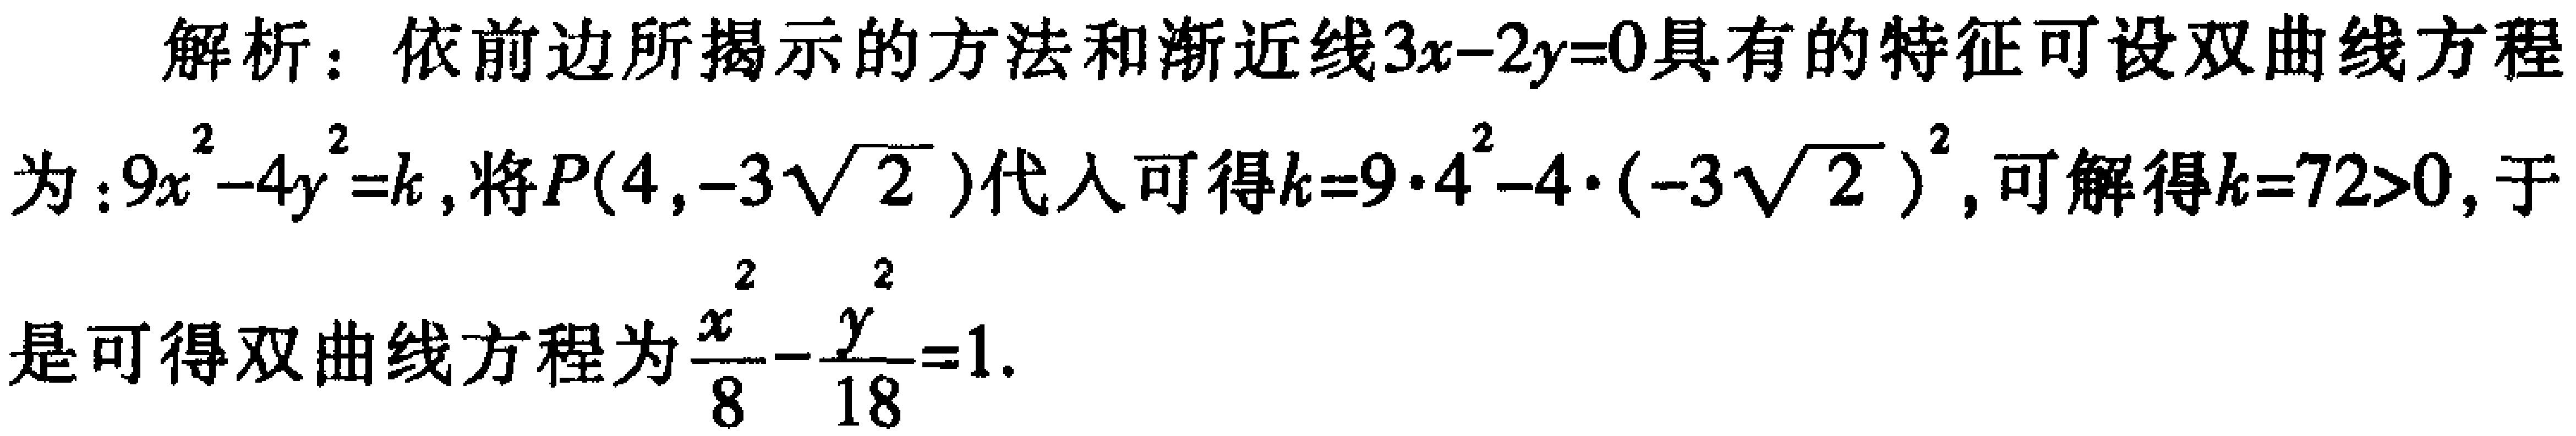
解析：依前边所揭示的方法和渐近线\(3x - 2y = 0\)具有的特征可设双曲线方程
为：\(9x^{2}-4y^{2}=k\)，将\(P(4,-3\sqrt{2})\)代入可得\(k = 9\cdot4^{2}-4\cdot(-3\sqrt{2})^{2}\)，可解得\(k = 72>0\)，于
是可得双曲线方程为\(\frac{x^{2}}{8}-\frac{y^{2}}{18}=1\).